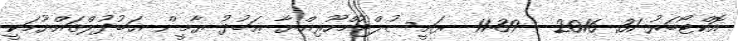
އޮކްޓޯބަރު 31